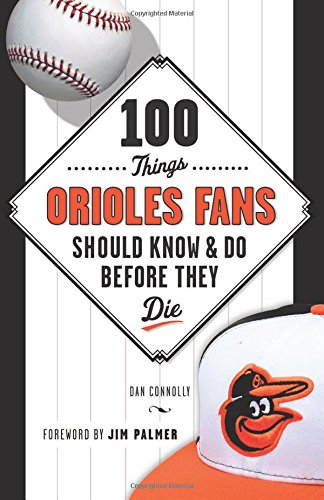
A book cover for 100 Things Orioles Fans Should Know & Do Before They Die (100 Things...Fans Should Know); Dan Connolly; Travel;